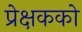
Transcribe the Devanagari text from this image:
प्रेक्षकको